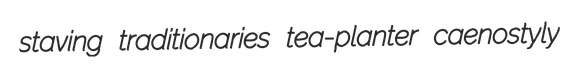
staving traditionaries tea-planter caenostyly